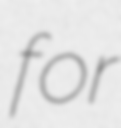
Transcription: for